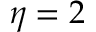
\eta = 2